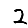
Digit: 2